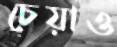
চেয়াও